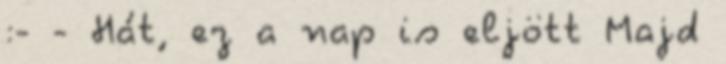
:- - Hát, ez a nap is eljött Majd